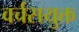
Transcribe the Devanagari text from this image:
वर्चसयुक्त